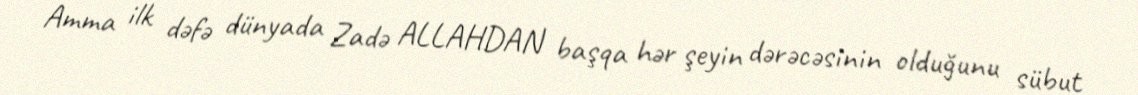
Amma ilk dəfə dünyada Zadə ALLAHDAN başqa hər şeyin dərəcəsinin olduğunu sübut